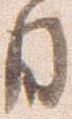
日